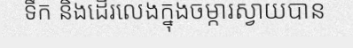
ទឹក និងដើរលេងក្នុងចម្ការស្វាយបាន